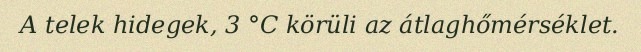
A telek hidegek, 3 °C körüli az átlaghőmérséklet.